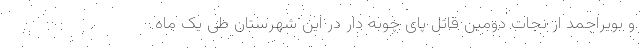
و بویراحمد از نجات دومین قاتل پای چوبه دار در این شهرستان طی یک ماه